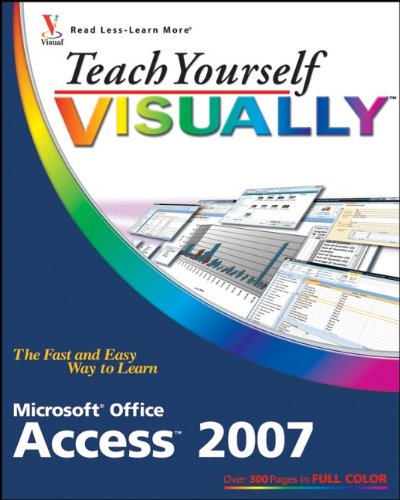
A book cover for Teach Yourself Visually Microsoft Office Access 2007; Faithe Wempen; Computers & Technology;